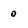
Character: o